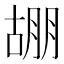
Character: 𭩀